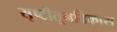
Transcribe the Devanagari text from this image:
सृष्टीतूनविकास